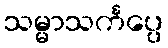
သမ္မာသင်္ကပ္ပေ